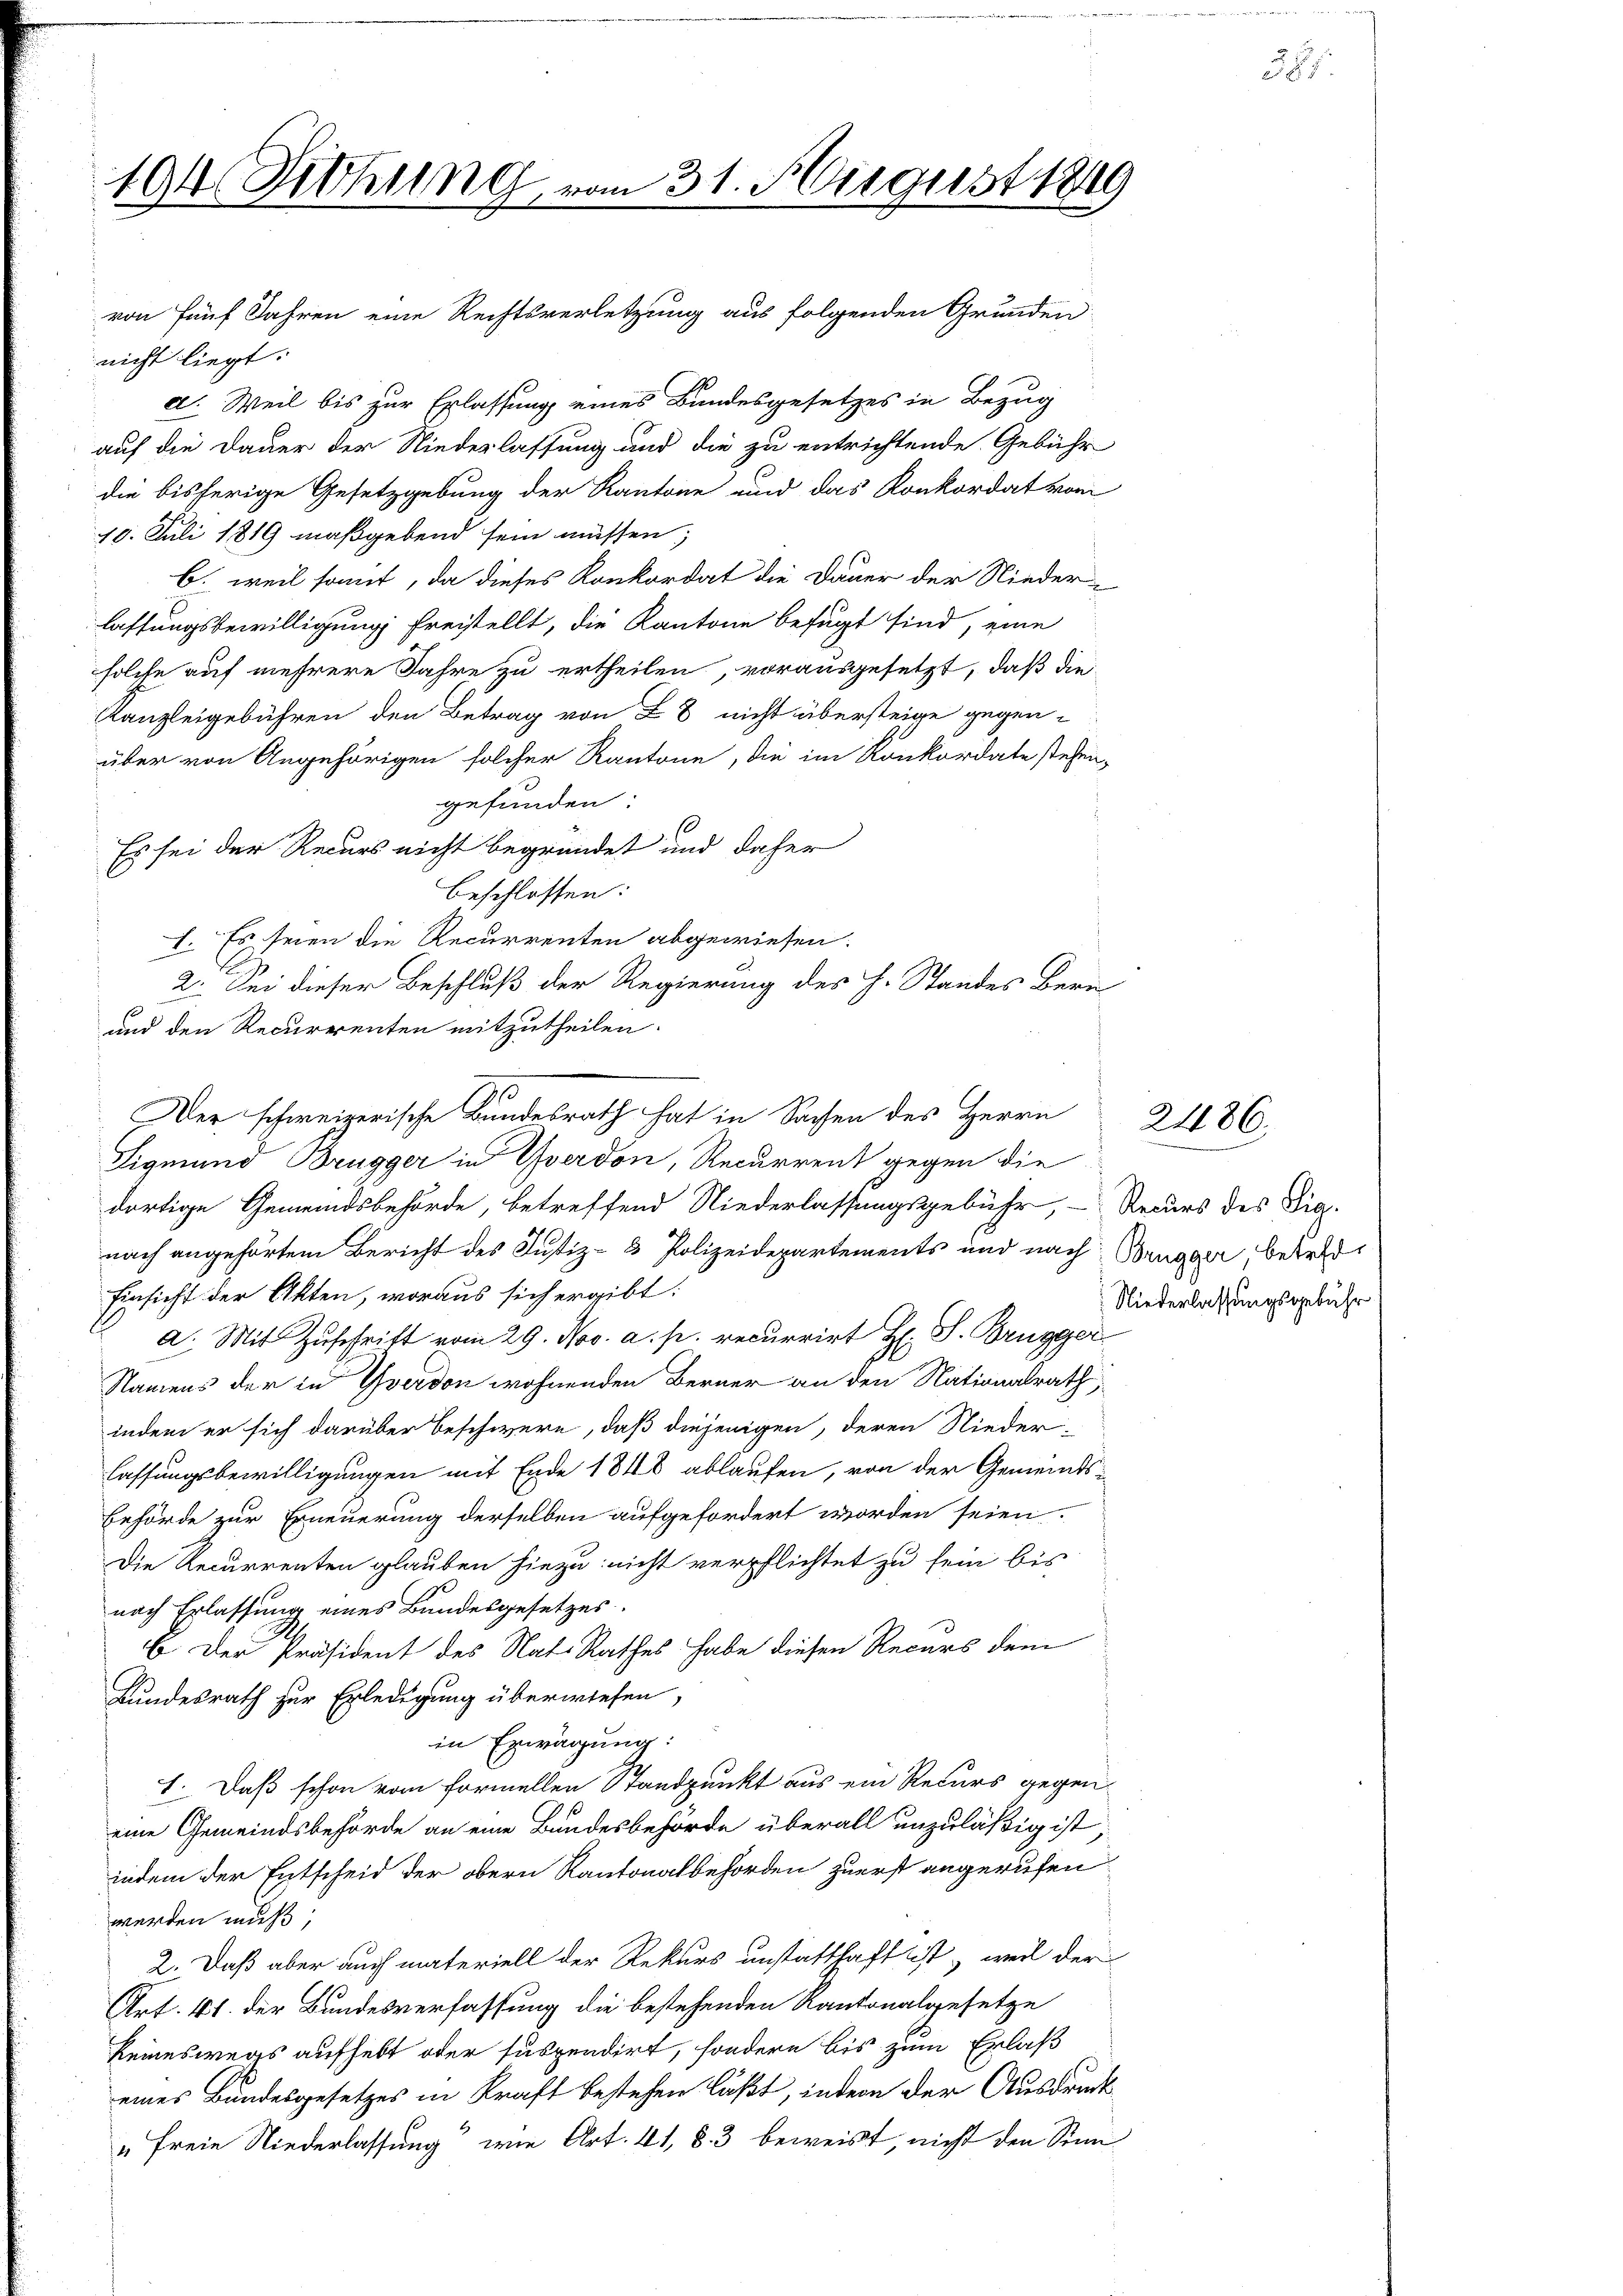
404. Diehung

vom 31. August 1849

nicht liegt.
d. Weil bis zur Erlassung eines Bundesgesetzes in Bezug
auf die Dauer der Niederlassung und die zu entrichtende Gebühr
die bisherige Gesetzgebung der Kantone und das Konkordat vom
10. Juli 1819 maßgebend sein müssen;
b. weil somit, da dieses Konkordat die Dauer der Nieder-
lassungsbewilligung freistellt, die Kantone befugt sind, eine
solche auf mehrere Jahre zu ertheilen, vorausgesetzt, daß die¬
Kanzleigebühren den Betrag von L 8 nicht übersteige gegen-
über von Angehörigen solcher Kantone, die im Konkordate stehen,
gefunden:
Es sei der Recurs nicht begründet und daher
beschlossen:
und den Recurrenten mitzutheilen.
Sigmund Brugger in Yverdon, Recurrent gegen die
dortige Gemeindsbehörde, betreffend Niederlassungsgebühr, - Recurs des Drig.
nach angehörtem Bericht des Justiz- & Polizeidepartements und nach Brugger betret¬
Einsicht der Akten, woraus sich ergibt:
a. Mit Zuschrift vom 29. Nov. a. p. recurrirt H. S. Brugger
Namens der in Yverdon wohnenden Berner an den Nationalrath,
indem er sich darüber beschwere, daß diejenigen, deren Nieder-
lassungsbewilligungen mit Ende 1848 ablaufen, von der Gemeinds¬
Behörde zur Erneuerung derselben aufgefordert worden seien.
Die Recurrenten glauben hiezu nicht verpflichtet zu sein bis
nach Erlassung eines Bundesgesetzes.
6. Der Präsident des Nat. Rathes habe diesen Recurs dem
Bundesrath zur Erledigung überwiesen,
in Erwägung:
1. Daß schon vom Formellen Standpunkt aus ein Recurs gegeneine Gemeindsbehörde an eine Bundesbehörde überall unzuläßig ist;
indem der Entscheid der obern Kantonalbehörden zuerst angerufen
werden muß,
2. Daß aber auch materiell der Rekurs unstatthaft ist, weil der
Art. 41. der Bundesverfassung die bestehenden Kantonalgesetze
keineswegs aufhebt oder suspendirt, sondern bis zum Erlaß
eines Bundesgesetzes in Kraft bestehen läßt, indem der Ausdruck
„Freie Niederlassung“ wie Art. 41, § 3 beweist, nicht den Sinn

von fünf Jahren eine Rechtsverletzung aus folgenden Grunden

I. Es seien die Recurrenten abgewiesen.
2. Bei dieser Beschluß der Regierung des H. Standes Bern
Der schweizerische Bundesrath hat in Sachen des Herrn

2486.

Niederlassungsgebühr